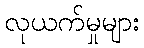
လုယက်မှုများ